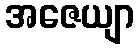
အဇေယျာ